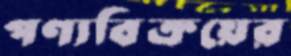
পণ্যবিক্রয়ের